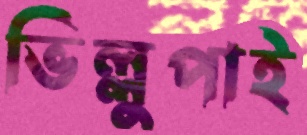
ভিল্লুপাই